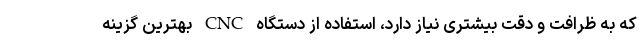
که به ظرافت و دقت بیشتری نیاز دارد، استفاده از دستگاه CNC بهترین گزینه